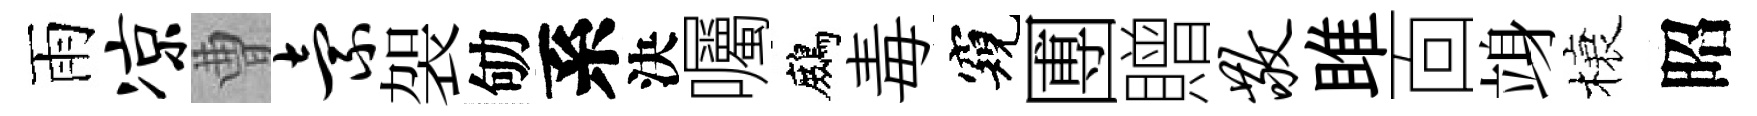
雨凉曹索袈劬系決囑鷓毒窺圑贈敬雎靣竧榱昭